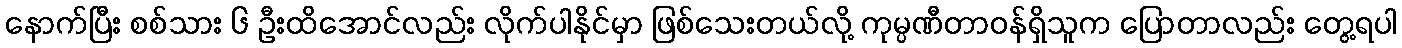
နောက်ပြီး စစ်သား ၆ ဦးထိအောင်လည်း လိုက်ပါနိုင်မှာ ဖြစ်သေးတယ်လို့ ကုမ္ပဏီတာဝန်ရှိသူက ပြောတာလည်း တွေ့ရပါ